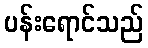
ပန်းရောင်သည်